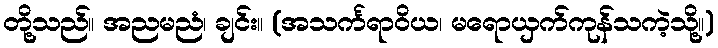
တို့သည်။ အညမညံ၊ ချင်း။ (အသင်္ကရာဝိယ၊ မရောယှက်ကုန်သကဲ့သို့။)